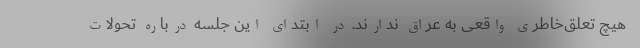
هیچ تعلق‌خاطری واقعی به عراق ندارند. در ابتدای این جلسه درباره تحولات